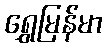
ရွှေမြန်မာ